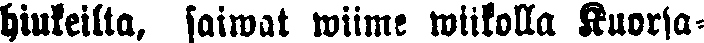
hiukeilta, saiwat wiime wiikolla Kuorja-